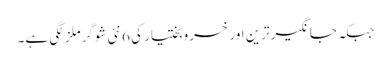
جبکہ جانگیرترین اور خسرو بختیار کی 6 نئی شوگرملز لگی ہے۔